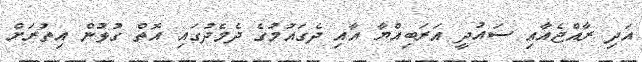
އަދި ރާއްޖެއާއި ސައުދީ އަރަބިއްޔާ އާއި ދެގައުމުގެ ދެމެދުގައި އޮތް ގުޅުން އިތުރަށް